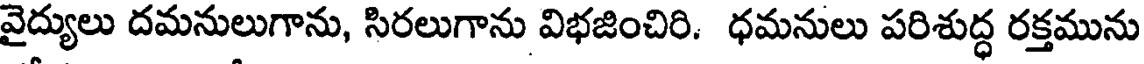
వైద్యులు దమనులుగాను, సిరలుగాను విభజించిరి. ధమనులు పరిశుద్ధ రక్తమును